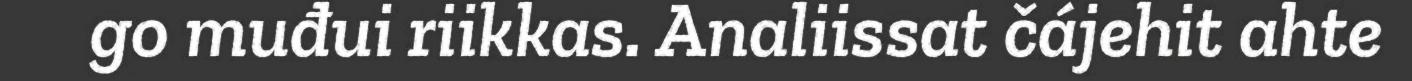
go muđui riikkas. Analiissat čájehit ahte